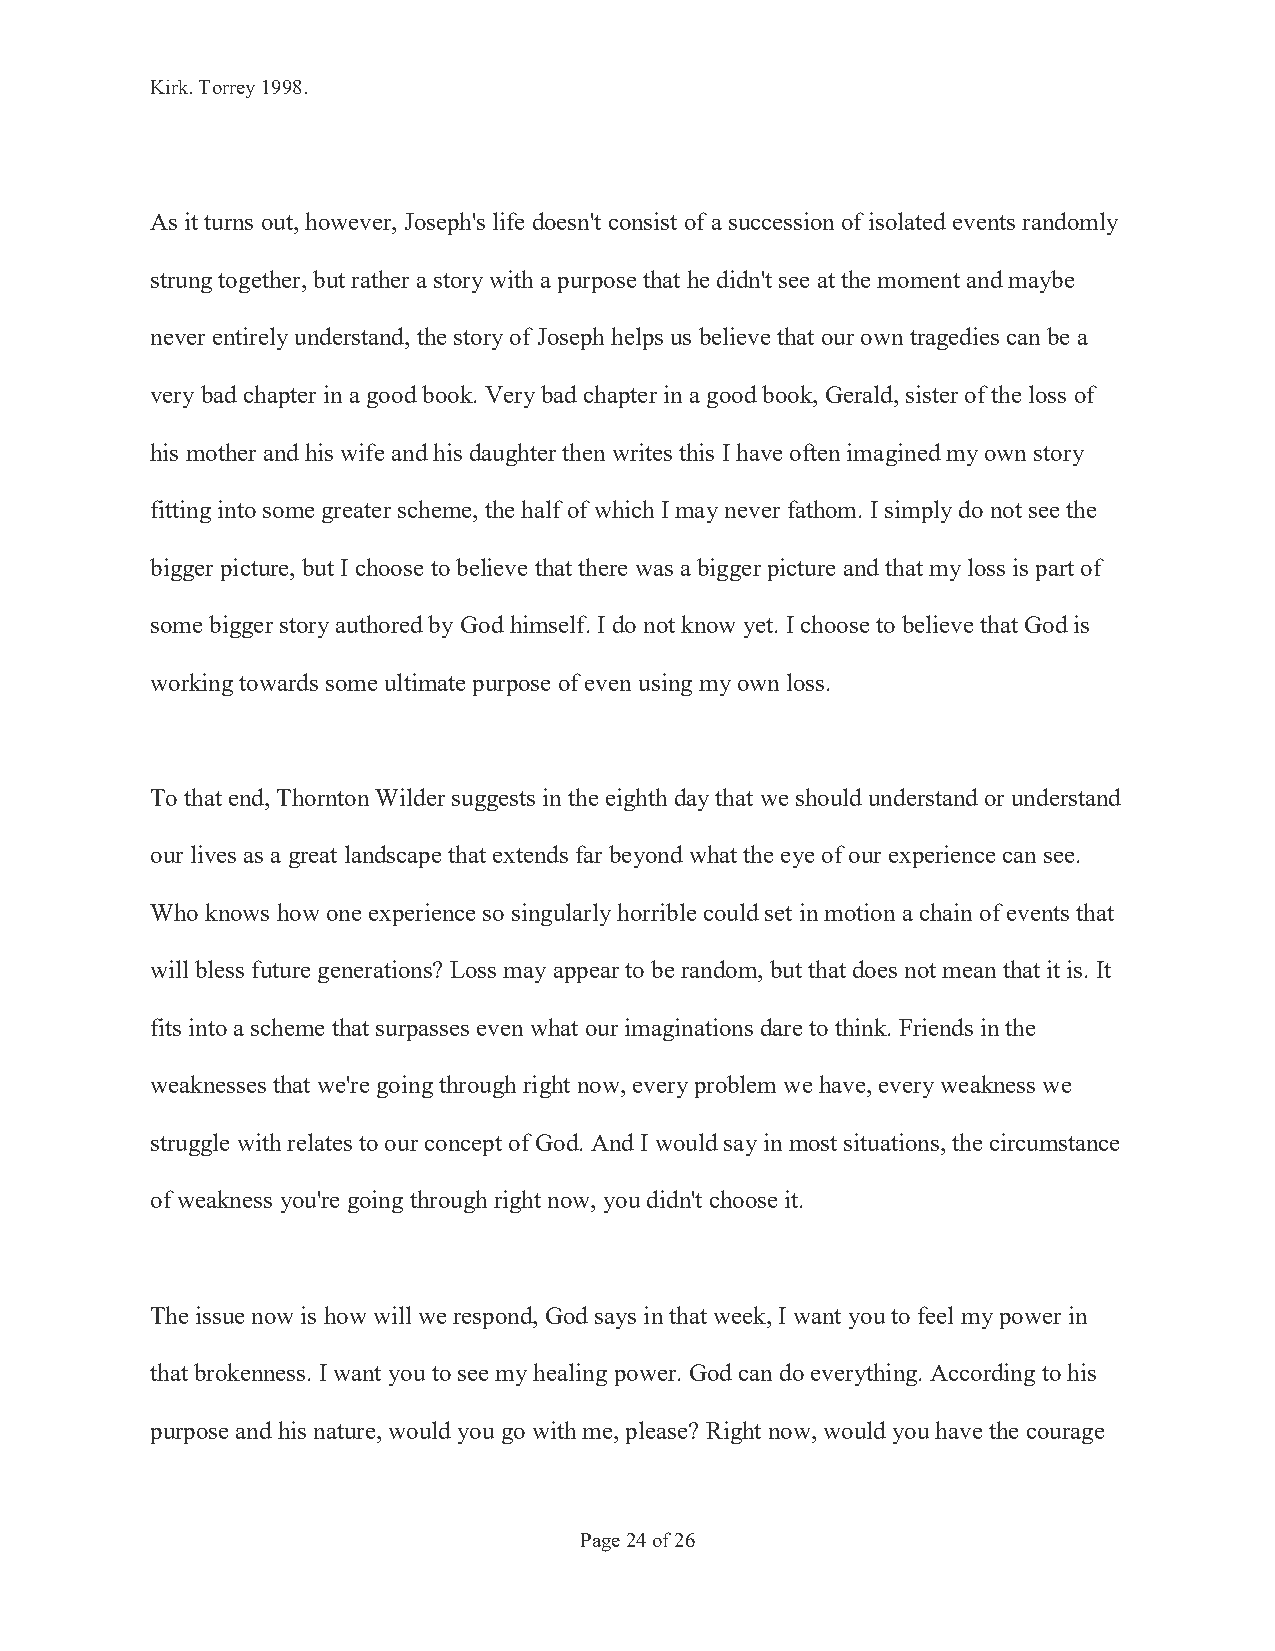
Kirk. Torrey 1998.
 As it turns out, however, Joseph's life doesn't consist of a succession of isolated events randomly
 strung together, but rather a story with a purpose that he didn't see at the moment and maybe
 never entirely understand, the story of Joseph helps us believe that our own tragedies can be a
 very bad chapter in a good book. Very bad chapter in a good book, Gerald, sister of the loss of
 his mother and his wife and his daughter then writes this I have often imagined my own story
 fitting into some greater scheme, the half of which I may never fathom. I simply do not see the
 bigger picture, but I choose to believe that there was a bigger picture and that my loss is part of
 some bigger story authored by God himself. I do not know yet. I choose to believe that God is
 working towards some ultimate purpose of even using my own loss.
 To that end, Thornton Wilder suggests in the eighth day that we should understand or understand
 our lives as a great landscape that extends far beyond what the eye of our experience can see.
 Who knows how one experience so singularly horrible could set in motion a chain of events that
 will bless future generations? Loss may appear to be random, but that does not mean that it is. It
 fits into a scheme that surpasses even what our imaginations dare to think. Friends in the
 weaknesses that we're going through right now, every problem we have, every weakness we
 struggle with relates to our concept of God. And I would say in most situations, the circumstance
 of weakness you're going through right now, you didn't choose it.
 The issue now is how will we respond, God says in that week, I want you to feel my power in
 that brokenness. I want you to see my healing power. God can do everything. According to his
 purpose and his nature, would you go with me, please? Right now, would you have the courage
 Page 24 of 26